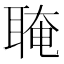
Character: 𦖈